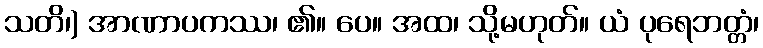
သတိ၊) အာဏာပကဿ၊ ၏။ ပေ။ အထ၊ သို့မဟုတ်။ ယံ ပုရေဘတ္တံ၊